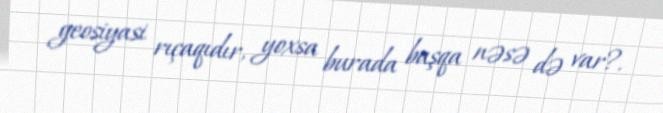
geosiyasi rıçaqıdır, yoxsa burada başqa nəsə də var?.